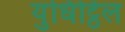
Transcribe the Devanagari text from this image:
युधिट्ठिल